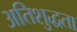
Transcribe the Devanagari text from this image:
अतिशुद्धता